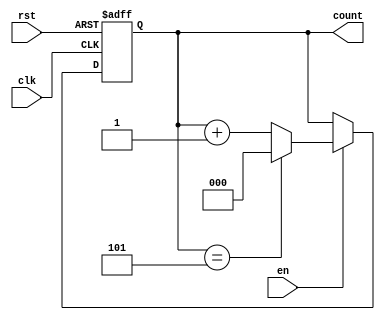
`timescale 1ns / 1ps

module binCounter#(parameter x=3, n=6)(input clk, rst, en, output reg [x-1:0] count);
always @(posedge clk , posedge rst) begin
if(rst==1) begin
count<=0;
end else if(en==1)begin
if(count==n-1)begin
count<=0;
end else begin
count<=count+1;
end
end else begin
count <= count;
end
end
endmodule